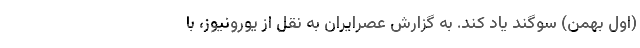
(اول بهمن) سوگند یاد کند. به گزارش عصرایران به نقل از یورونیوز، با